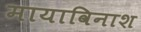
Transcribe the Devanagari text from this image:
मायाविनाश